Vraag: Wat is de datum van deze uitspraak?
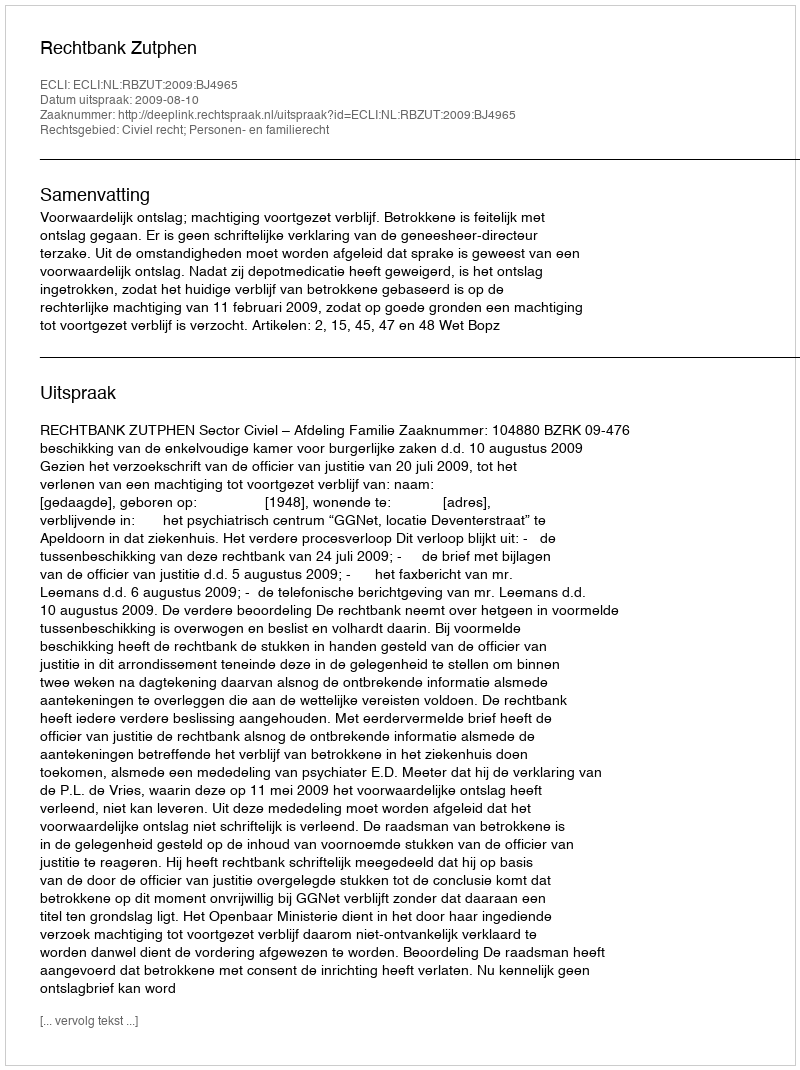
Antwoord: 2009-08-10